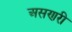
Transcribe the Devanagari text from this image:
असणरी